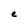
Character: e